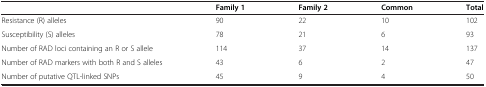
<table><thead><tr><td><b> </b></td><td><b>Family 1</b></td><td><b>Family 2</b></td><td><b>Common</b></td><td><b>Total</b></td></tr></thead><tbody><tr><td>Resistance (R) alleles</td><td>90</td><td>22</td><td>10</td><td>102</td></tr><tr><td>Susceptibility (S) alleles</td><td>78</td><td>21</td><td>6</td><td>93</td></tr><tr><td>Number of RAD loci containing an R or S allele</td><td>114</td><td>37</td><td>14</td><td>137</td></tr><tr><td>Number of RAD markers with both R and S alleles</td><td>43</td><td>6</td><td>2</td><td>47</td></tr><tr><td>Number of putative QTL-linked SNPs</td><td>45</td><td>9</td><td>4</td><td>50</td></tr></tbody></table>